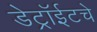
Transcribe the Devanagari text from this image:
डेट्रॉईटचे